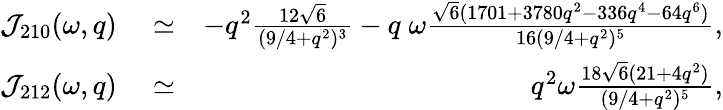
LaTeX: \begin{array}{rlr}{{\cal J}_{210}(\omega,q)}&{{}\simeq}&{-{q^{2}}\frac{12\sqrt{6}}{(9/4+q^{2})^{3}}-q\; \omega\frac{\sqrt{6}(1701+3780q^{2}-336q^{4}-64q^{6})}{16(9/4+q^{2})^{5}},}\\ {{\cal J}_{212}(\omega,q)}&{{}\simeq}&{q^{2}\omega\frac{18\sqrt{6}(21+4q^{2})}{(9/4+q^{2})^{5}},}\end{array}